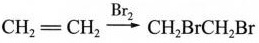
$$CH_{2}=CH_{2}\xrightarrow[]{Br_{2}}{CH_{2}BrCH_{2}Br}$$